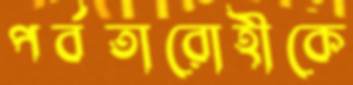
পর্বতারোহীকে